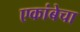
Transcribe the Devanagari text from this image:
एकांबेचा